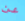
عن